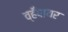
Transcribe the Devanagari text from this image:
व्हँपायर